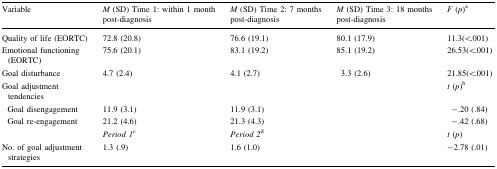
| Variable | M (SD) Time 1: within 1 month post-diagnosis | M (SD) Time 2: 7 months post-diagnosis | M (SD) Time 3: 18 months post-diagnosis | F (p)a |
 | --- | --- | --- | --- | --- |
 | Quality of life (EORTC) | 72.8 (20.8) | 76.6 (19.1) | 80.1 (17.9) | 11.3(<.001) |
 | Emotional functioning (EORTC) | 75.6 (20.1) | 83.1 (19.2) | 85.1 (19.2) | 26.53(<.001) |
 | Goal disturbance | 4.7 (2.4) | 4.1 (2.7) | 3.3 (2.6) | 21.85(<.001) |
 | Goal adjustment tendencies |  |  |  | t (p)b |
 | Goal disengagement | 11.9 (3.1) | 11.9 (3.1) |  | −.20 (.84) |
 | Goal re-engagement | 21.2 (4.6) | 21.3 (4.3) |  | −.42 (.68) |
 |  | Period 1c | Period 2d |  | t (p) |
 | No. of goal adjustment strategies | 1.3 (.9) | 1.6 (1.0) |  | −2.78 (.01) |